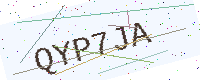
Text: QYP7JA